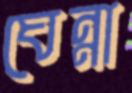
ঘেন্না